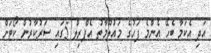
އަދި އެކަމާ ބެހޭ އެންމެ ފަހުގެ މައުލޫމާތު އެޕްރިލް 5ގައި ސަރުކާރުން ކޯޓަށް